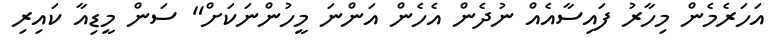
އަހަރެމެން މިހާރު ފައިސާއެއް ނުދެން އެހެން އަންނަ މީހުންނަކަށް" ސަން މީޑިއާ ކައިރި